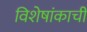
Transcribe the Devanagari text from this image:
विशेषांकाची